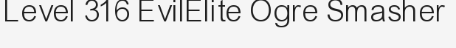
Level 316 EvilElite Ogre Smasher